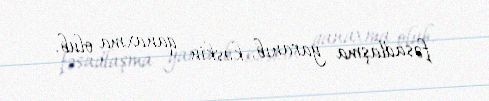
fəsadlaşma yaranıb, kəskin qanaxma olub.